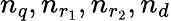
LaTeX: n_{q},n_{r_{1}},n_{r_{2}},n_{d}